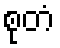
စုတံ